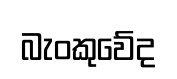
බැංකුවේද